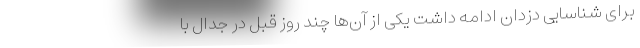
برای شناسایی دزدان ادامه داشت یکی از آن‌ها چند روز قبل در جدال با